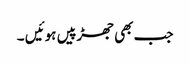
جب بھی جھڑپیں ہوئیں ۔